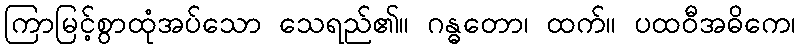
ကြာမြင့်စွာထုံအပ်သော သေရည်၏။ ဂန္ဓတော၊ ထက်။ ပထဝီအဓိကေ၊